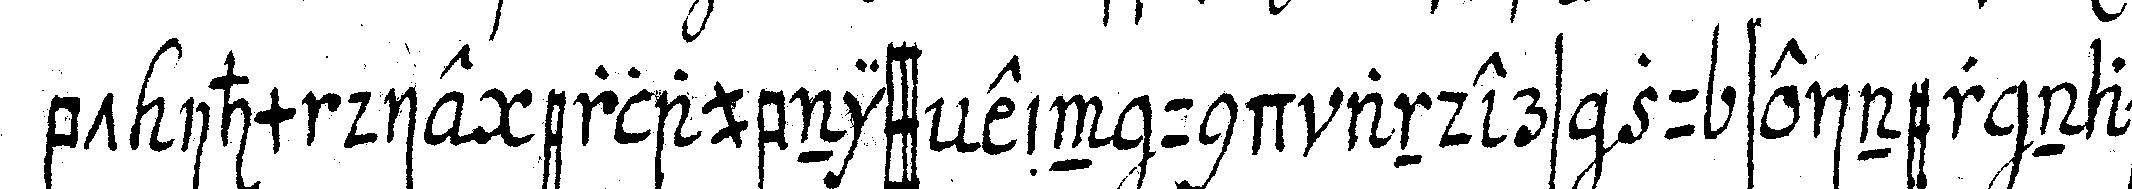
bt ihm die erlaubniss ein und anders zu seiner nach